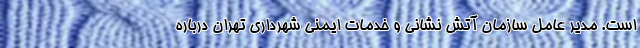
است. مدیر عامل سازمان آتش نشانی و خدمات ایمنی شهرداری تهران درباره